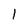
Character: 1